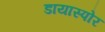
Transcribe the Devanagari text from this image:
डायास्पोर